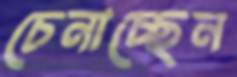
চেনাচ্ছেন